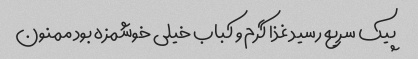
پیک سریع رسید غذا گرم و کباب خیلی خوشمزه بود ممنون